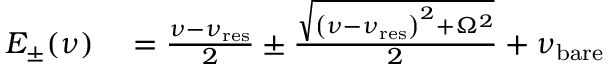
\begin{array} { r l } { E _ { \pm } ( \nu ) } & { { } = \frac { \nu - \nu _ { \mathrm { r e s } } } { 2 } \pm \frac { \sqrt { \left( \nu - \nu _ { \mathrm { r e s } } \right) ^ { 2 } + \Omega ^ { 2 } } } { 2 } + \nu _ { \mathrm { b a r e } } } \end{array}